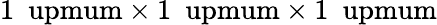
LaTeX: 1\ \mathrm{\ upmum}\times 1\ \mathrm{\ upmum}\times 1\ \mathrm{\ upmum}